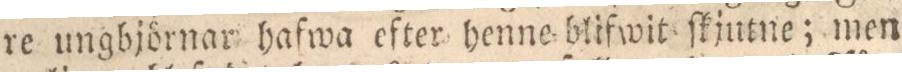
re ungbjörnar hafwa efter henne blifwit ſkjutne; men